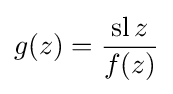
g(z)={\frac {\operatorname {sl} z}{f(z)}}